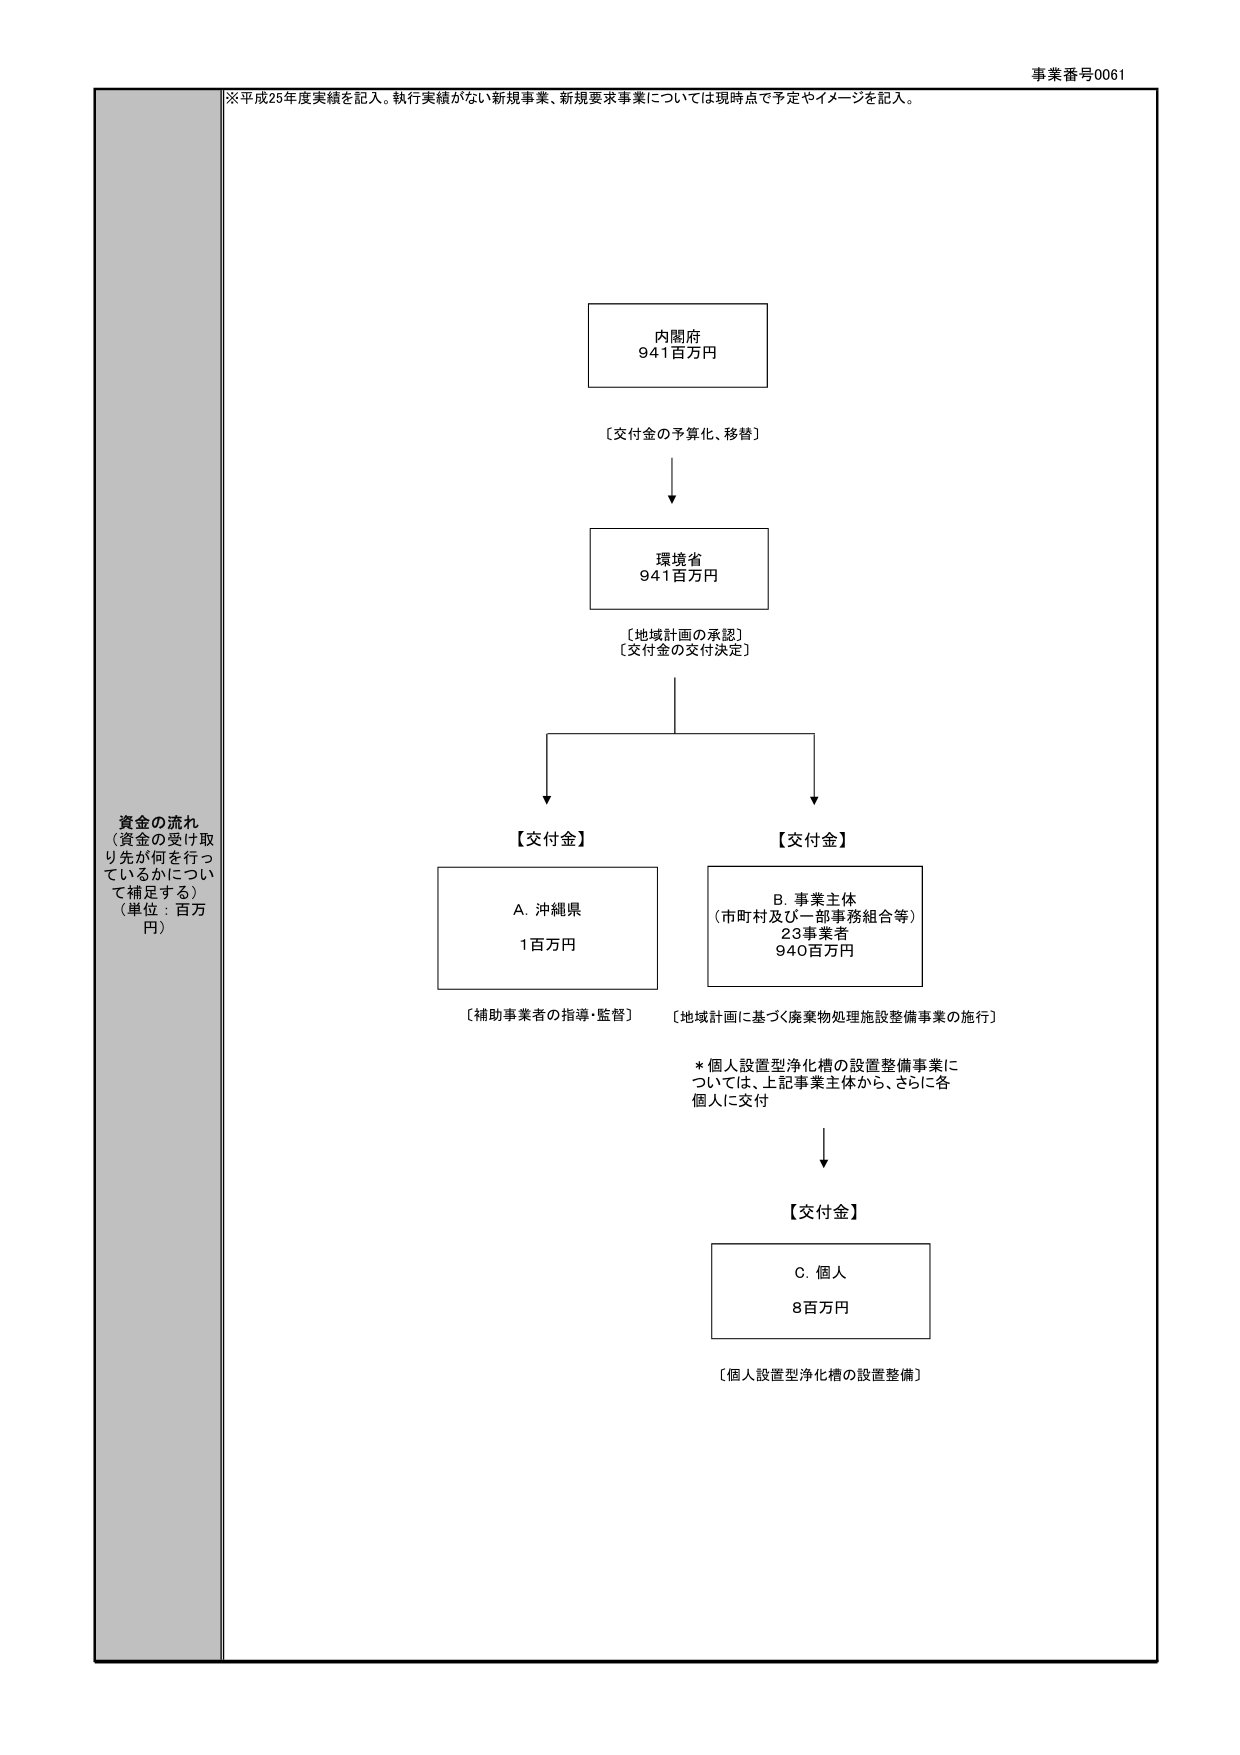
事業番号0061
※平成25年度実績を記入。執行実績がない新規事業、新規要求事業については現時点で予定やイメージを記入。
資金の流れ
（資金の受け取り先が何を行っているかについて補足する）
（単位：百万円）
内閣府
941百万円
〔交付金の予算化、移替〕
環境省
941百万円
〔地域計画の承認〕
〔交付金の交付決定〕
【交付金】
A. 沖縄県
1百万円
〔補助事業者の指導・監督〕
【交付金】
B. 事業主体
（市町村及び一部事務組合等）
23事業者
940百万円
〔地域計画に基づく廃棄物処理施設整備事業の施行〕
* 個人設置型浄化槽の設置整備事業については、上記事業主体から、さらに各個人に交付
【交付金】
C. 個人
8百万円
〔個人設置型浄化槽の設置整備〕